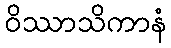
ဝိဿာသိကာနံ